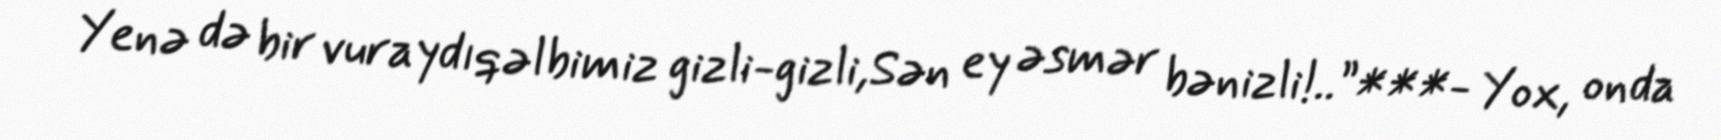
Yenə də bir vuraydıqəlbimiz gizli-gizli,Sən ey əsmər bənizli!..”***- Yox, onda